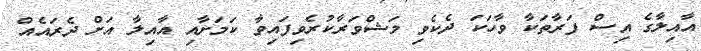
އާއިލާގެ އިސް ފަރާތަކާ ވާހަކަ ދެކެވި މަޝްވަރާކުރެވިފައިވާ ކަމަށާއި އާއިލާ އަށް ދެރައެއް